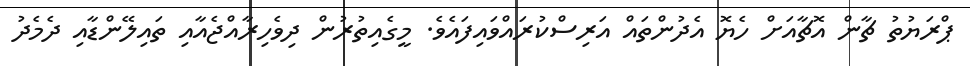
ޕްރަޔުތު ޗާން އޮޗާއަށް ހެޔޮ އެދުންތައް އަރިސްކުރައްވައިފައެވެ. މީގެއިތުރުން ދިވެހިރާއްޖެއާއި ތައިލޭންޑާއި ދެމެދު